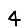
Digit: 4